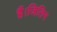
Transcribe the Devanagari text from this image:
हैं।जितिन